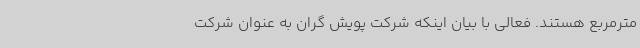
مترمربع هستند.‌ فعالی با بیان اینکه شرکت پویش گران به عنوان شرکت